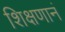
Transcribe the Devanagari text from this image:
शिक्षणानं